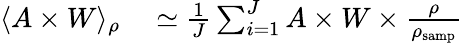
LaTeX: \begin{array}{rl}{\langle A\times W\rangle_{\rho}}&{{}\simeq\frac{1}{J}\sum_{i=1}^{J}A\times W\times\frac{\rho}{\rho_{\textrm{samp}}}}\end{array}